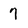
Character: 7